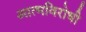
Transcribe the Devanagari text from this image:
आत्मविरोधी